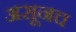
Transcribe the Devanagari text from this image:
असूनच